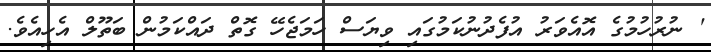
' ނުރުހުމުގެ އޮއެވަރު އުފެދުނުކަމުގައި ވިޔަސް ހަމަޖެހޭ ގޮތް ދައްކަމުން ބަތޫލް އެހިއެވެ.